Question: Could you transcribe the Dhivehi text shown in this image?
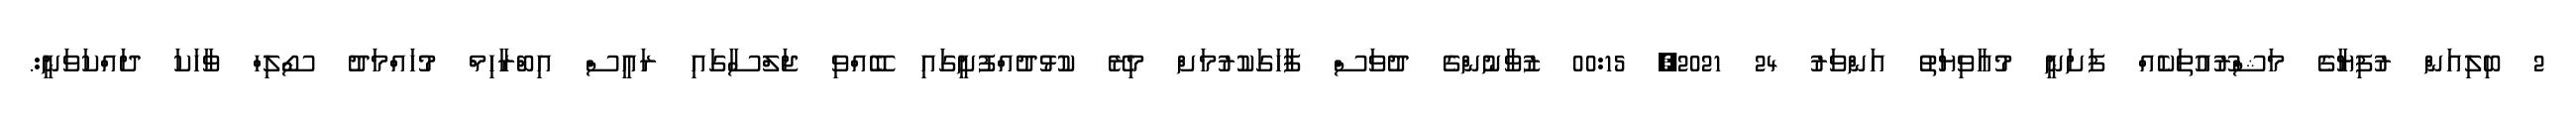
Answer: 2 ބިލިއަން ރުފިޔާގެ މަޝްރޫއުތަކެއް ފަށަނީ މުއާވިޔަތު އަންވަރު 24 2021, 00:15 ޒުވާނުންގެ ދުވަސް ފާހަގަކުރުމަށް މިރޭ ކުޅުދުއްފުށީގައި ބޭއްވި ޖަލްސާގައި ރައީސް އިބްރާހިމް މުހައްމަދު ސޯލިހް ވާހަކަ ދައްކަވަނީ:.